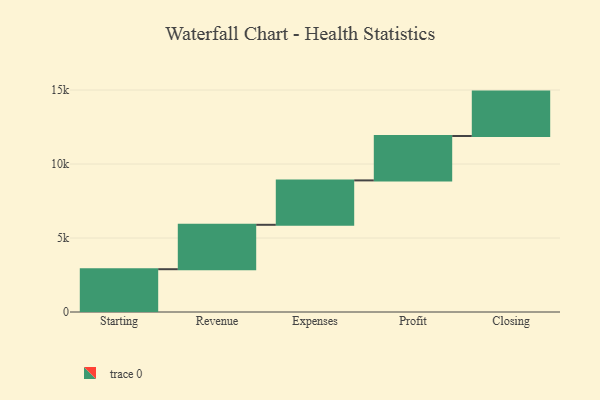
{"axis": {"x": "Step", "y": "Value"}, "legend": [""], "data": [{"x": "Starting", "y": 2892.0, "type": ""}, {"x": "Revenue", "y": 3000, "type": ""}, {"x": "Expenses", "y": 3000, "type": ""}, {"x": "Profit", "y": 3000, "type": ""}, {"x": "Closing", "y": 3000, "type": ""}]}